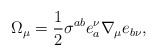
\begin{align*}\Omega_\mu=\frac{1}{2}\sigma^{ab}e^\nu_a\nabla_\mu e_{b\nu},\end{align*}